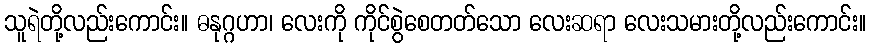
သူရဲတို့လည်းကောင်း။ ဓနုဂ္ဂဟာ၊ လေးကို ကိုင်စွဲစေတတ်သော လေးဆရာ လေးသမားတို့လည်းကောင်း။